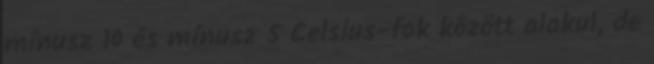
mínusz 10 és mínusz 5 Celsius-fok között alakul, de